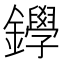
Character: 𨯰